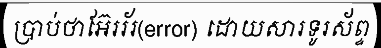
ប្រាប់ថាអ៊ែររ័រ(error) ដោយសារទូរស័ព្ទ